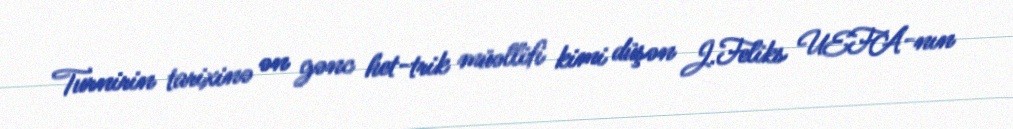
Turnirin tarixinə ən gənc het-trik müəllifi kimi düşən J.Feliks UEFA-nın